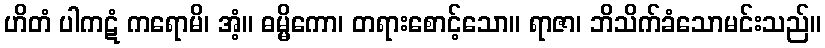
ဟိတံ ပါကဋံ ကရောမိ၊ အံ့။ ဓမ္မိကော၊ တရားစောင့်သော။ ရာဇာ၊ ဘိသိက်ခံသောမင်းသည်။